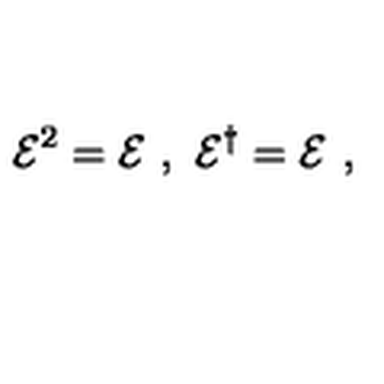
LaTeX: { \cal E } ^ { 2 } = { \cal E } \ , \ { \cal E } ^ { \dagger } = { \cal E } \ ,